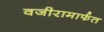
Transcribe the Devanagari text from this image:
वजीरामार्फत